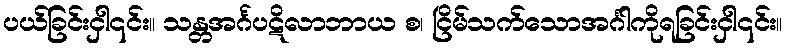
ပယ်ခြင်းငှါ၎င်း။ သန္တအင်္ဂပဋိလာဘာယ စ၊ ငြိမ်သက်သောအင်္ဂါကိုရခြင်းငှါ၎င်း။